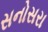
સનોસરા